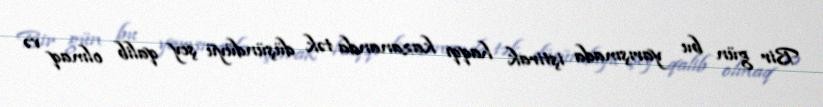
Bir gün bu yarışmada iştirak haqqı kazananda tək düşündüyü şey qalib olmaq və